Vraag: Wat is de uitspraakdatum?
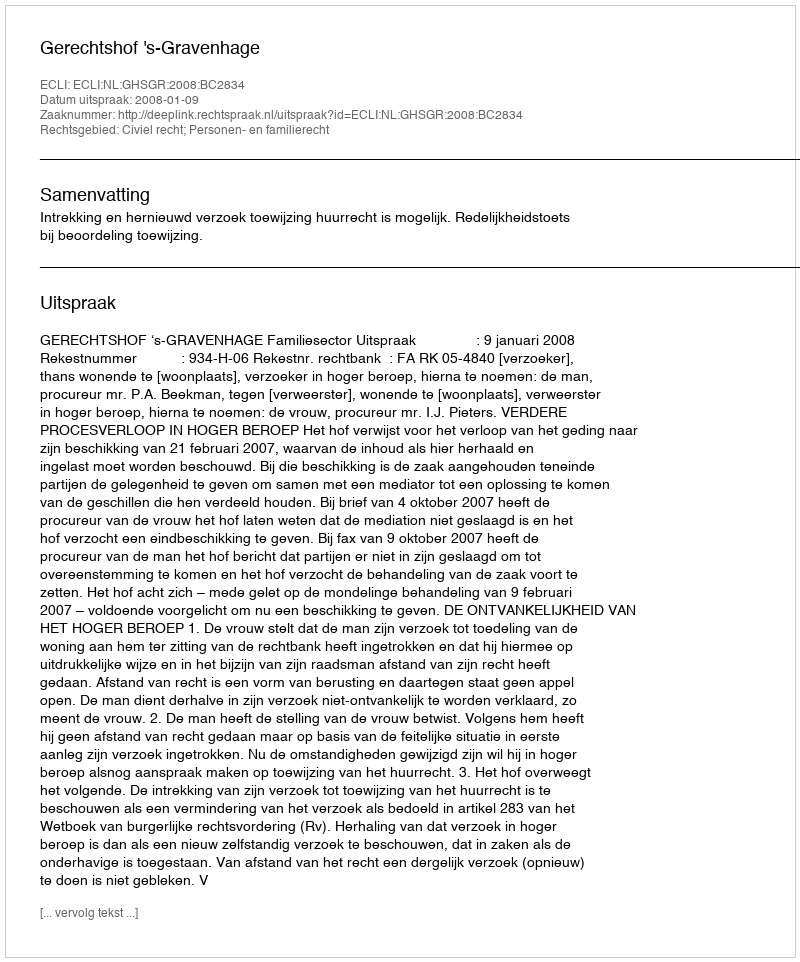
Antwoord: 2008-01-09